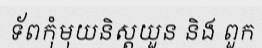
ទ័ពកុំមុយនិស្តយួន និង ពួក